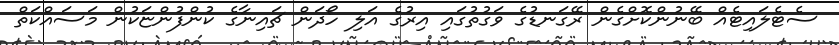
ސެޓެލައިޓެއް ބޭނުންކޮށްގެން ރޭގަނޑުގެ ވަގުތުގައި އިރުގެ އަލި ހޯދަން ޗައިނާގެ ކުންފުންޏަކުން މަސައްކަތް